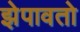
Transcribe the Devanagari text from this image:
झेपावतो